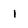
Character: 1